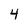
Character: 4